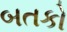
બતકો